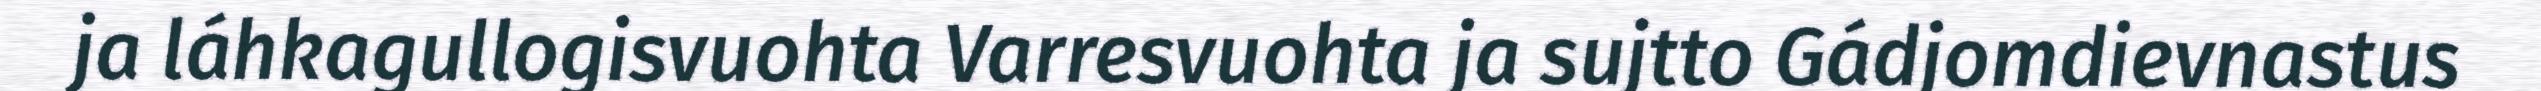
ja láhkagullogisvuohta Varresvuohta ja sujtto Gádjomdievnastus